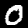
Digit: 0